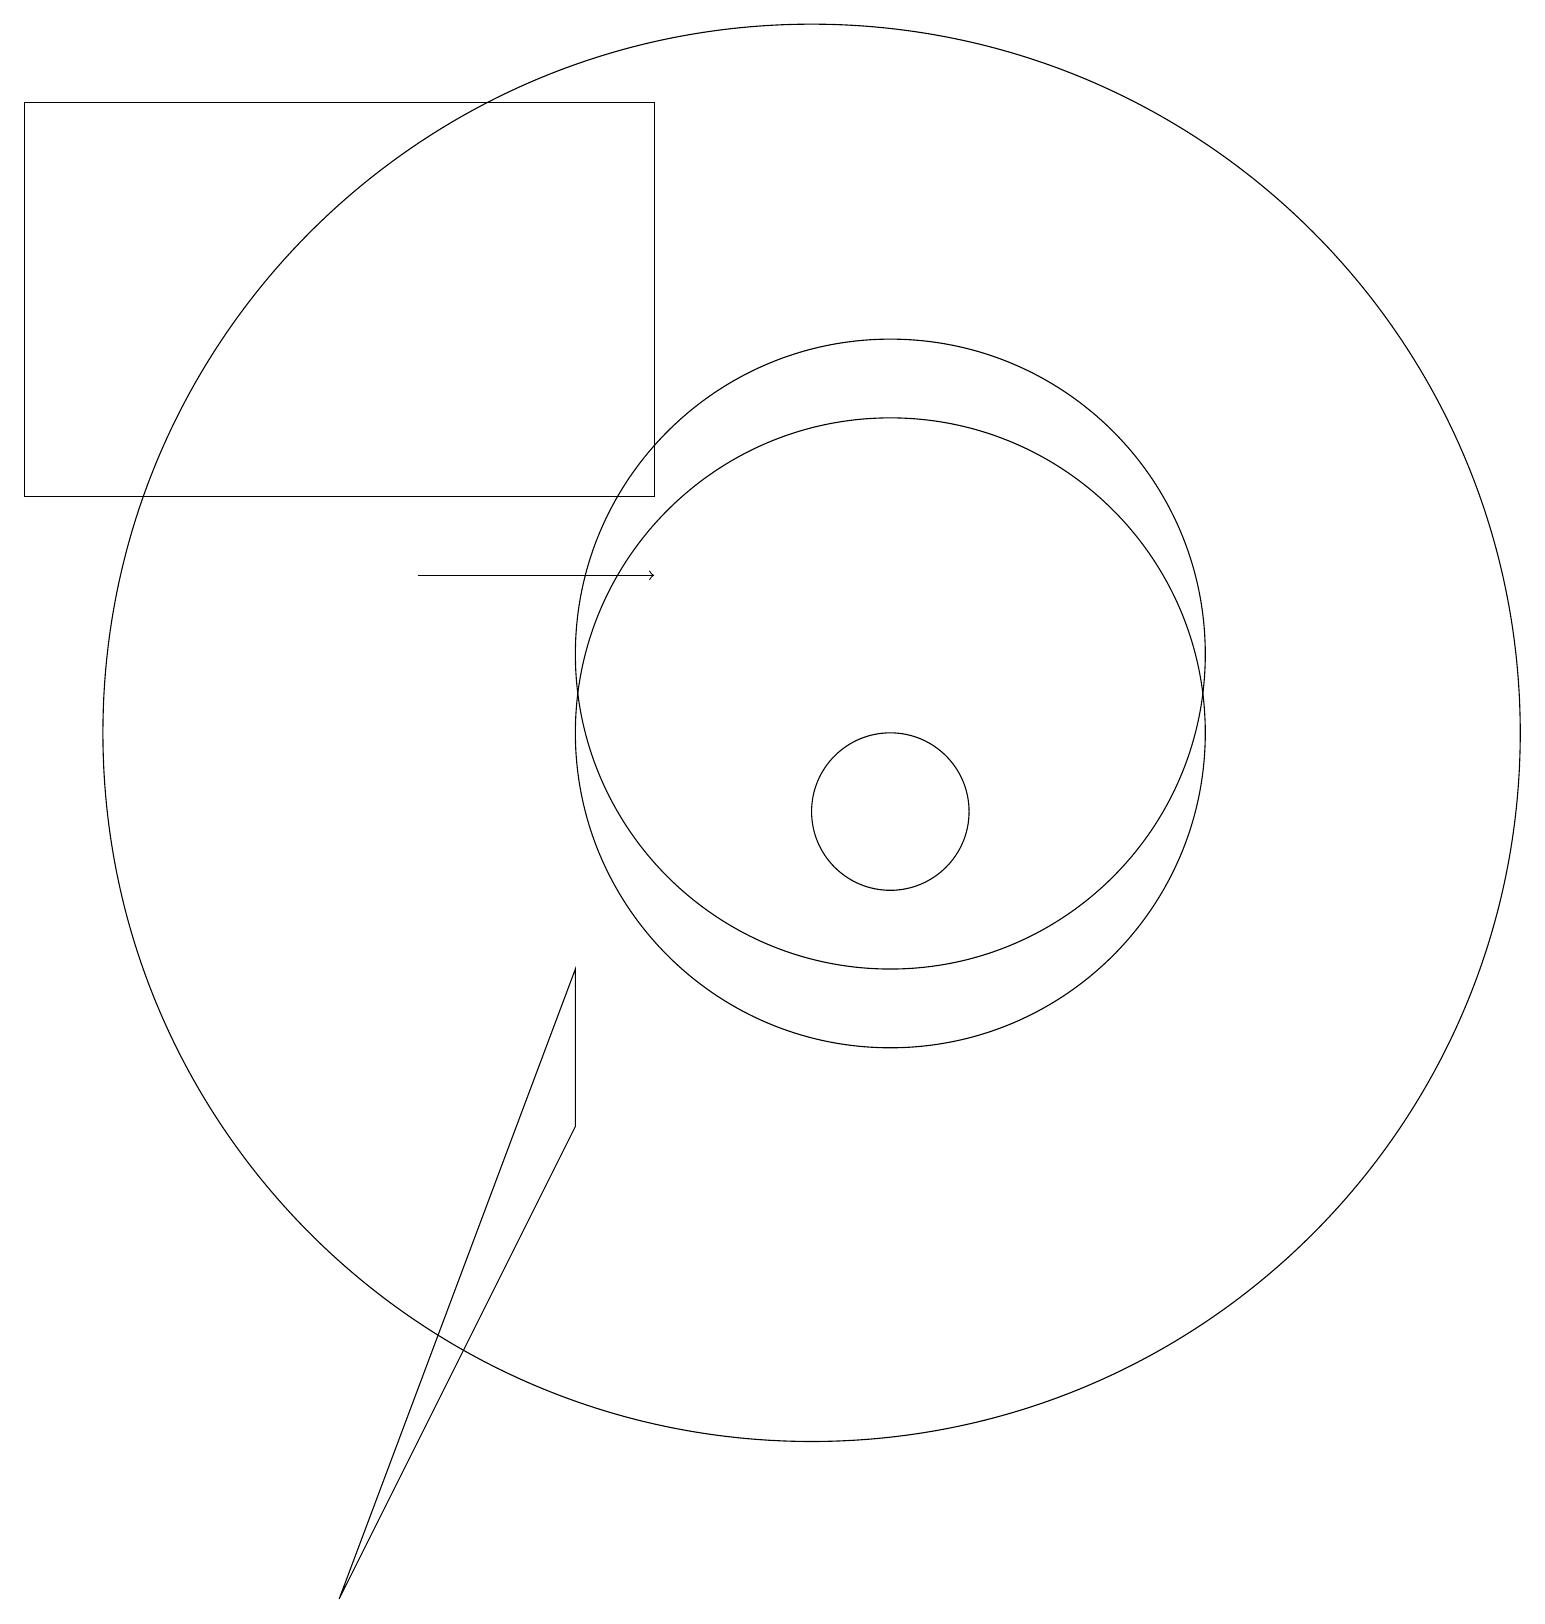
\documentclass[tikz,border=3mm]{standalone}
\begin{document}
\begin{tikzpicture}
\draw (11,12) circle (4);
\draw (10,11) circle (9);
\draw (7,8) -- (7,6) -- (4,0) -- cycle;
\draw (11,10) circle (1);
\draw (11,11) circle (4);
\draw (0,19) rectangle (8,14);
\draw[->] (5,13) -- (8,13);
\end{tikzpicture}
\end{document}